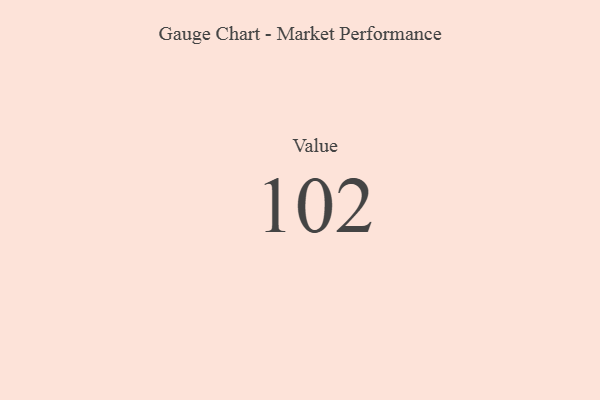
{"axis": {"x": "Metric", "y": "Value"}, "legend": [""], "data": [{"x": "Value", "y": 102, "type": ""}]}